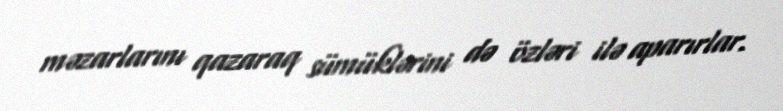
məzarlarını qazaraq sümüklərini də özləri ilə aparırlar.